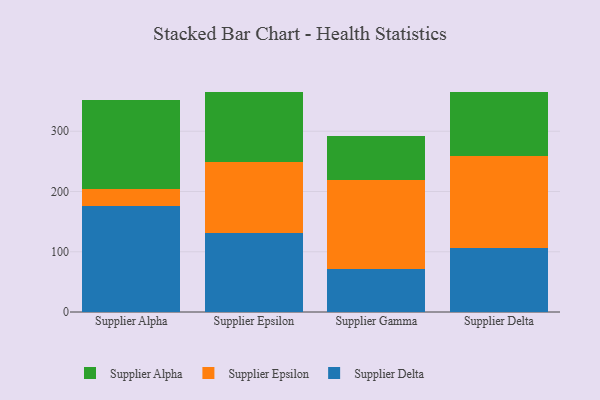
{"axis": {"x": "Supplier", "y": "Satisfaction Score"}, "legend": ["Supplier Alpha", "Supplier Delta", "Supplier Epsilon"], "data": [{"x": "Supplier Alpha", "y": 175.5, "type": "Supplier Delta"}, {"x": "Supplier Alpha", "y": 27.9, "type": "Supplier Epsilon"}, {"x": "Supplier Alpha", "y": 147.7, "type": "Supplier Alpha"}, {"x": "Supplier Epsilon", "y": 131.7, "type": "Supplier Delta"}, {"x": "Supplier Epsilon", "y": 117.5, "type": "Supplier Epsilon"}, {"x": "Supplier Epsilon", "y": 115.5, "type": "Supplier Alpha"}, {"x": "Supplier Gamma", "y": 70.6, "type": "Supplier Delta"}, {"x": "Supplier Gamma", "y": 148.9, "type": "Supplier Epsilon"}, {"x": "Supplier Gamma", "y": 71.8, "type": "Supplier Alpha"}, {"x": "Supplier Delta", "y": 105.6, "type": "Supplier Delta"}, {"x": "Supplier Delta", "y": 153.5, "type": "Supplier Epsilon"}, {"x": "Supplier Delta", "y": 106.7, "type": "Supplier Alpha"}]}